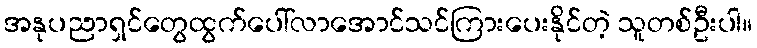
အနုပညာရှင်တွေထွက်ပေါ်လာအောင်သင်ကြားပေးနိုင်တဲ့ သူတစ်ဦးပါ။